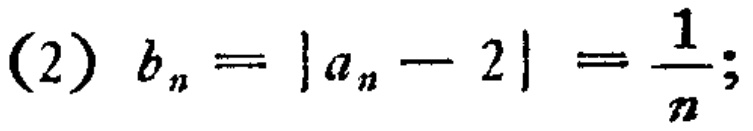
(2) \(b_{n}=\vert a_{n}-2\vert=\frac{1}{n};\)